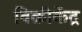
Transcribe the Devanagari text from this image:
विक्रीकेंद्र